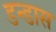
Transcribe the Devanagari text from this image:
डन्डास